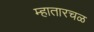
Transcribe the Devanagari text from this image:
म्हातारचळ